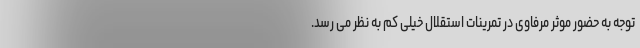
توجه به حضور موثر مرفاوی در تمرینات استقلال خیلی کم به نظر می رسد.